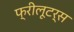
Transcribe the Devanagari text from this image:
फ्रीलूटर्स